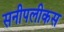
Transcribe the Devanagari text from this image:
सनीपलीकस